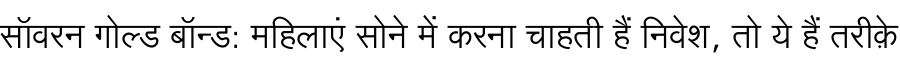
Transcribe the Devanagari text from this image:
सॉवरन गोल्ड बॉन्ड: महिलाएं सोने में करना चाहती हैं निवेश, तो ये हैं तरीक़े